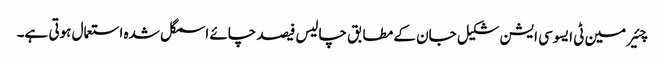
چئیر مین ٹی ایسوسی ایشن شکیل جان کے مطابق چالیس فیصد چائے اسمگل شدہ استعمال ہوتی ہے۔